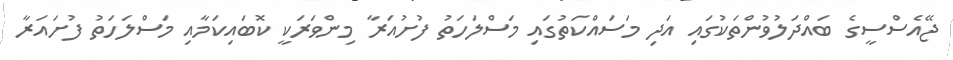
ޖޭއެސްސީގެ ބައްދަލުވުންތަކުގައި އަދި މަސައްކަތުގައި މަސްލަހަތު ފުށުއަރާ މިންވަރަކީ ކޮބައިކަމާއި މަސްލަހަތު ފުށައަރާ